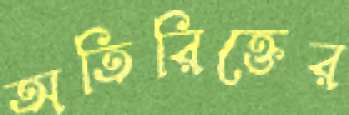
অতিরিক্তের